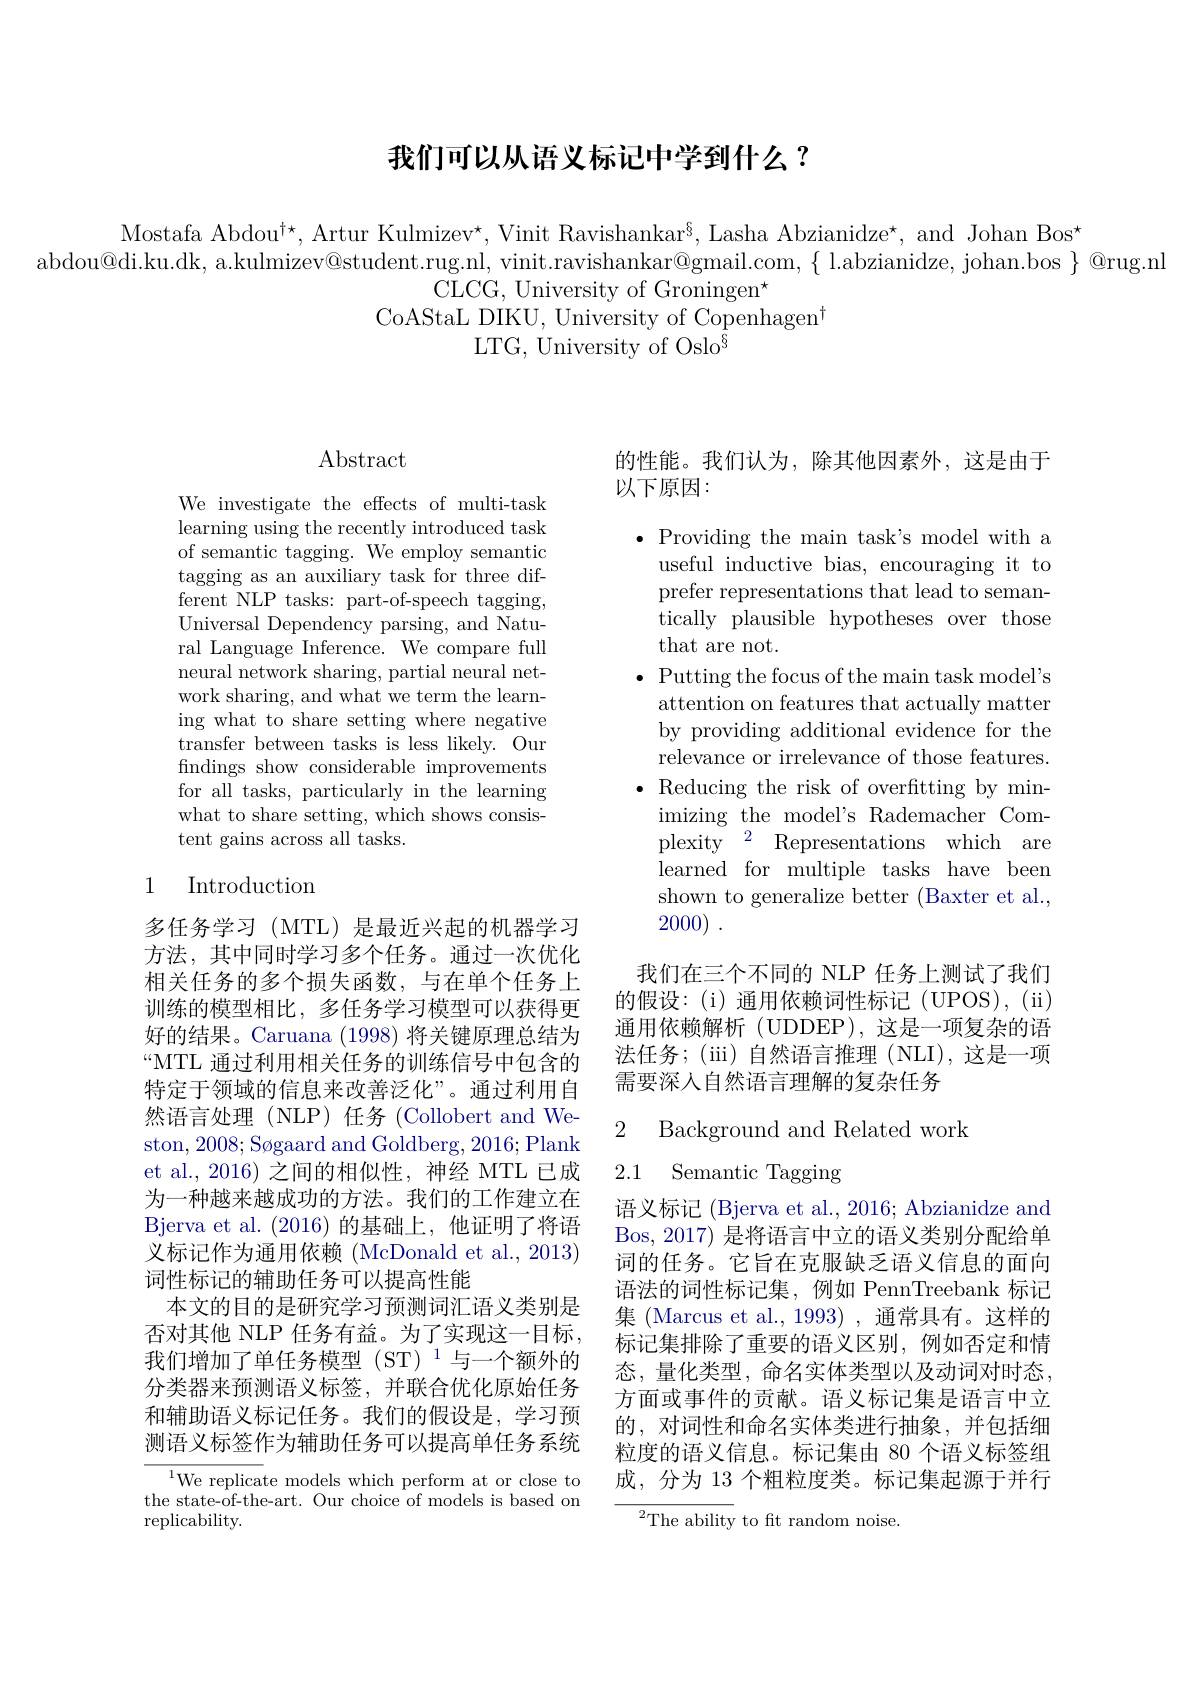
## 我们可以从语义标记中学到什么？

Mostafa Abdou$^\dagger\star$, Artur Kulmizev$^\star$, Vinit Ravishankar$^{\S}$, Lasha Abzianidze$^\star$, and Johan Bos$^{\star}$
abdou@di.ku.dk, a.kulmizev@student.rug.nl, vinit.ravishankar@gmail.com, $\{$ l.abzianidze, johan.bos $\}$ @rug.nl
CLCG, University of Groningen$^\star$
CoAStaL DIKU, University of Copenhagen$^{\dagger}$
LTG, University of Oslo$^{\bar{\S}}$

## $\operatorname{Abstract}$

We investigate the effects of multi-task learning using the recently introduced task of semantic tagging. We employ semantic tagging as an auxiliary task for three different NLP tasks: part-of-speech tagging, Universal Dependency parsing, and Natural Language Inference. We compare full neural network sharing, partial neural network sharing, and what we term the learning what to share setting where negative transfer between tasks is less likely. Our findings show considerable improvements for all tasks, particularly in the learning what to share setting, which shows consistent gains across all tasks.

## 1 Introduction

多任务学习(MTL)是最近兴起的机器学习方法，其中同时学习多个任务。通过一次优化相关任务的多个损失函数，与在单个任务上训练的模型相比，多任务学习模型可以获得更好的结果。Caruana (1998)将关键原理总结为“MTL 通过利用相关任务的训练信号中包含的特定于领域的信息来改善泛化”。通过利用自然语言处理(NLP)任务(Collobert and Weston, 2008; Søgaard and Goldberg, 2016; Plank et al.,2016) 之间的相似性，神经 MTL 已成为一种越来越成功的方法。我们的工作建立在Bjerva et al.(2016)的基础上，他证明了将语义标记作为通用依赖 (McDonald et al., 2013) 词性标记的辅助任务可以提高性能
本文的目的是研究学习预测词汇语义类别是否对其他 NLP 任务有益。为了实现这一目标， $我们增加了单任务模型(ST)^1与一个额外的$ 分类器来预测语义标签，并联合优化原始任务和辅助语义标记任务。我们的假设是，学习预测语义标签作为辅助任务可以提高单任务系统

${^{1}\text{We replicate models which perform at or close to}}$ the state-of-the-art. Our choice of models is based on replicability.

的性能。我们认为，除其他因素外，这是由于
以下原因：

$\bullet$ Providing the main task's model with a
useful inductive bias, encouraging it to prefer representations that lead to semantically plausible hypotheses over those that are not.
$\bullet$ Putting the focus of the main task model's
attention on features that actually matter by providing additional evidence for the relevance or irrelevance of those features.
$\bullet$ Reducing the risk of overfitting by min-
imizing the model's Rademacher Complexity$^{\mathrm{o} }$ Representations which are learned for multiple tasks have been shown to generalize better (Baxter et al., 2000) .

我们在三个不同的 NLP 任务上测试了我们

的假设：(i)通用依赖词性标记(UPOS),(ii) 通用依赖解析(UDDEP),这是一项复杂的语法任务；(iii)自然语言推理(NLI),这是一项需要深人自然语言理解的复杂任务

## 2 Background and Related work 2.1 Semantic Tagging

语义标记 (Bjerva et al., 2016; Abzianidze and Bos, 2017) 是将语言中立的语义类别分配给单词的任务。它旨在克服缺乏语义信息的面向语法的词性标记集，例如 PennTreebank 标记集 (Marcus et al.,1993) ,通常具有。这样的标记集排除了重要的语义区别，例如否定和情态，量化类型，命名实体类型以及动词对时态， 方面或事件的贡献。语义标记集是语言中立的，对词性和命名实体类进行抽象，并包括细粒度的语义信息。标记集由 80 个语义标签组成，分为 13 个粗粒度类。标记集起源于并行

${}^{2}{\mathrm{The~ability~to~ft~random~noise.}}$